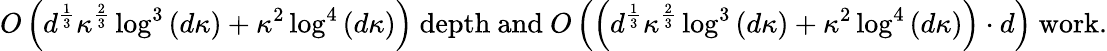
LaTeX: O\left(d^{\frac 13}\kappa^{\frac 23}\log^{3}\left(d\kappa\right)+\kappa^{2}\log^{4}\left(d\kappa\right)\right)\mathrm{~depth~and~}O\left(\left(d^{\frac 13}\kappa^{\frac 23}\log^{3}\left(d\kappa\right)+\kappa^{2}\log^{4}\left(d\kappa\right)\right)\cdot d\right)\mathrm{~work}.